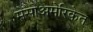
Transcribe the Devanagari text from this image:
मेसोअमेरिकेत